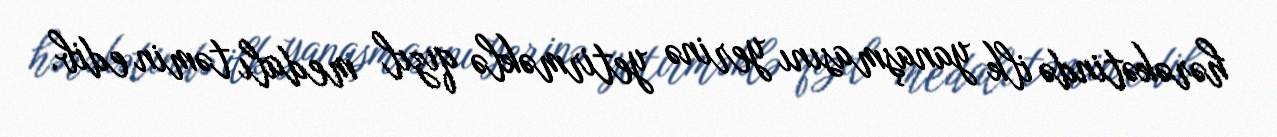
hərəkətində ilk yanaşmasını yerinə yetirməklə qızıl medalı təmin edib.